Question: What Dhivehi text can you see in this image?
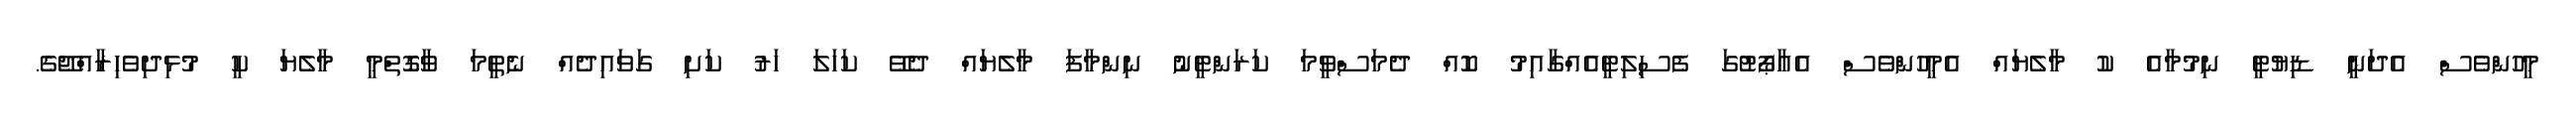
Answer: މީހުންވެސް އެދަނީ ޑިޔުޓީ ނިމުމާއެ ކު މާލެޔައް އެމީހުންވެސް އެއާޕޯޓުގަ ފެސިލިޓީއެއްގާއިމު ކޮއް ދެމަސްވީމަ ކަރަންޓީނު ނިންމާފަ މާލެޔައް ދެވޭ ކަހަލަ ހަރު ކަށި ގަވައިދެއް ނެތީމަ ވާގޮތްމީ މާލެޔަ ކީ މުޅިދިވެހިރާއްޖޭގެ.